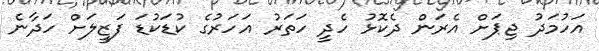
އަހުމަދު ޖިޕަށް އެރަން ދެކޮޅު ހެދީ ހަތަރު އަހަރުގެ ކުޑަކުޑަ ފަޒީލަށް ހަދާނެ